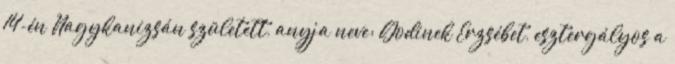
14-én Nagykanizsán született, anyja neve: Godinek Erzsébet, esztergályos a